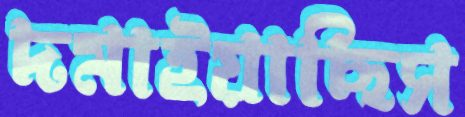
দমাইয়াছিস